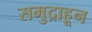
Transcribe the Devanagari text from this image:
समुद्राहून